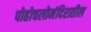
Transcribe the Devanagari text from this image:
पोहोचलोमंदिरातील